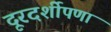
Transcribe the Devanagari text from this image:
दूरदर्शीपणा